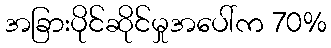
အခြားပိုင်ဆိုင်မှုအပေါ်က 70%